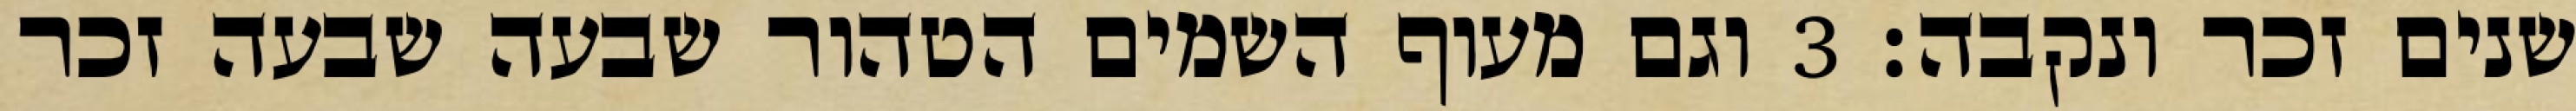
שנים זכר ונקבה׃ ‎3‏ וגם מעוף השמים הטהור שבעה שבעה זכר